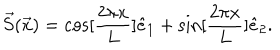
\vec { S } ( \vec { x } ) = \cos [ \frac { 2 \pi x } { L } ] \hat { e } _ { 1 } + \sin [ \frac { 2 \pi x } { L } ] \hat { e } _ { 2 } .